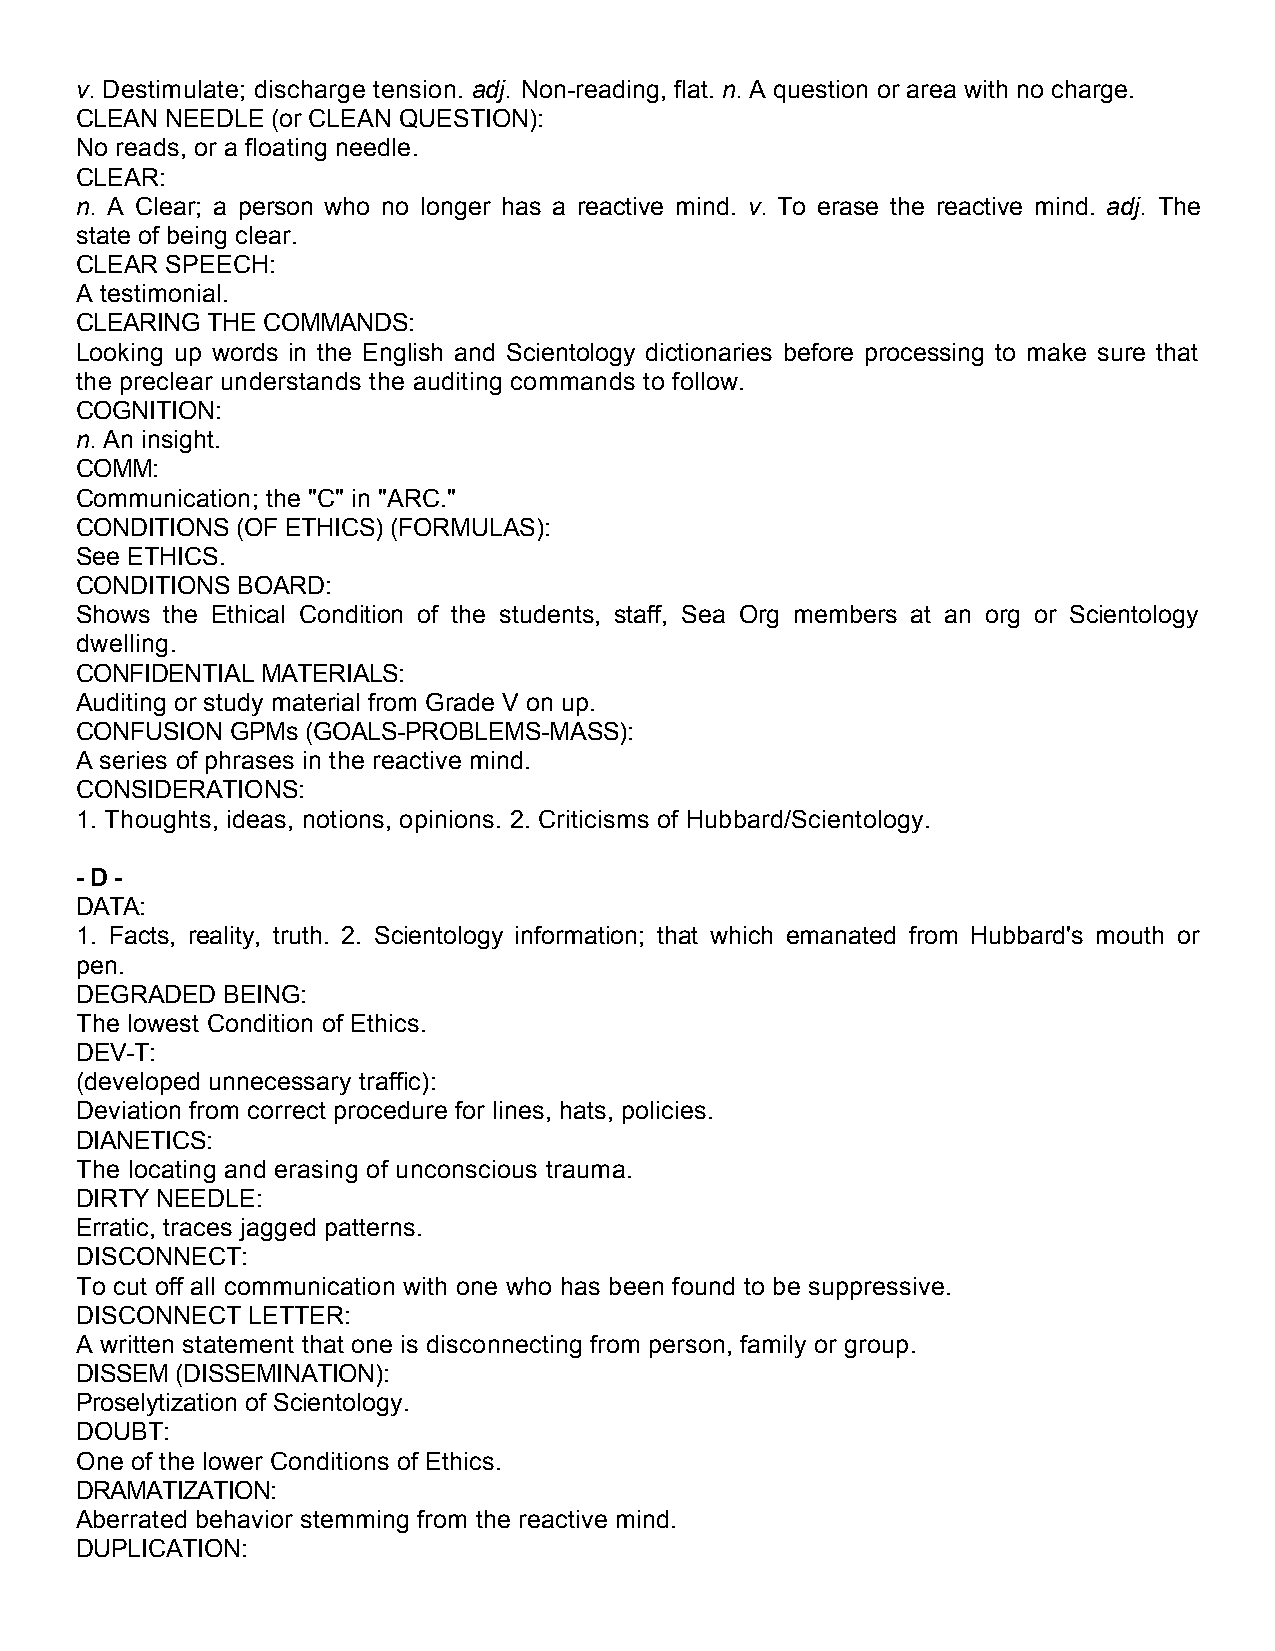
v. Destimulate; discharge tension. adj. Non-reading, flat. n. A question or area with no charge.
 CLEAN NEEDLE (or CLEAN QUESTION):
 No reads, or a floating needle.
 CLEAR:
 n. A Clear; a person who no longer has a reactive mind. v. To erase the reactive mind. adj. The
 state of being clear.
 CLEAR SPEECH:
 A testimonial.
 CLEARING THE COMMANDS:
 Looking up words in the English and Scientology dictionaries before processing to make sure that
 the preclear understands the auditing commands to follow.
 COGNITION:
 n. An insight.
 COMM:
 Communication; the "C" in "ARC."
 CONDITIONS (OF ETHICS) (FORMULAS):
 See ETHICS.
 CONDITIONS BOARD:
 Shows the Ethical Condition of the students, staff, Sea Org members at an org or Scientology
 dwelling.
 CONFIDENTIAL MATERIALS:
 Auditing or study material from Grade V on up.
 CONFUSION GPMs (GOALS-PROBLEMS-MASS):
 A series of phrases in the reactive mind.
 CONSIDERATIONS:
 1. Thoughts, ideas, notions, opinions. 2. Criticisms of Hubbard/Scientology.
 - D -
 DATA:
 1. Facts, reality, truth. 2. Scientology information; that which emanated from Hubbard's mouth or
 pen.
 DEGRADED  BEING:
 The lowest Condition of Ethics.
 DEV-T:
 (developed unnecessary traffic):
 Deviation from correct procedure for lines, hats, policies.
 DIANETICS:
 The locating and erasing of unconscious trauma.
 DIRTY NEEDLE:
 Erratic, traces jagged patterns.
 DISCONNECT:
 To cut off all communication with one who has been found to be suppressive.
 DISCONNECT LETTER:
 A written statement that one is disconnecting from person, family or group.
 DISSEM (DISSEMINATION):
 Proselytization of Scientology.
 DOUBT:
 One of the lower Conditions of Ethics.
 DRAMATIZATION:
 Aberrated behavior stemming from the reactive mind.
 DUPLICATION: